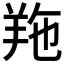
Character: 𦍥